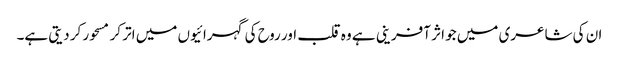
ان کی شاعری میں جو اثر آفرینی ہے وہ قلب اور روح کی گہرائیوں میں اتر کر مسحور کر دیتی ہے۔